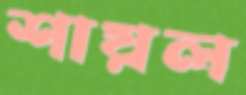
শায়ল